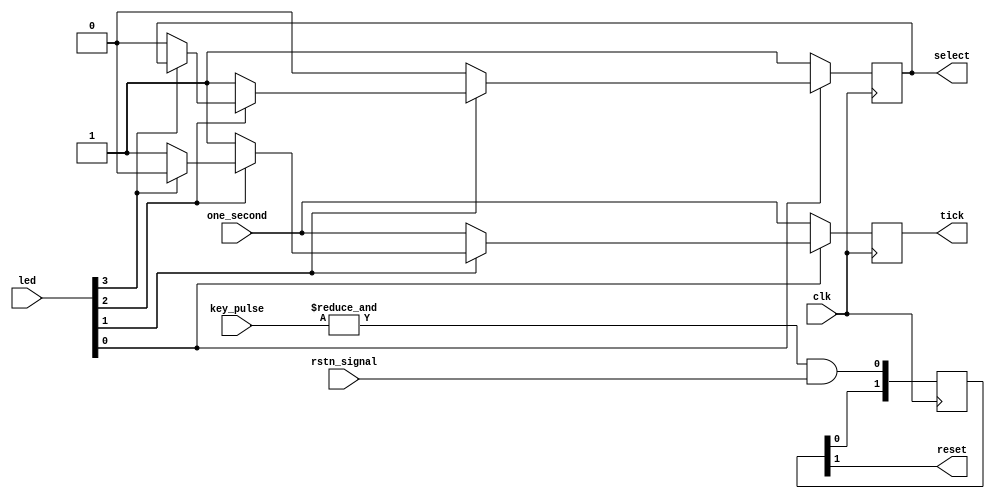
module mode_control
(
    input           clk,
    input           rstn_signal,
    input           one_second,
    input [3:0]     led,
    input [3:0]     key_pulse,
    output          reset,
    output          select,
    output          tick
);

    reg                 tick_r;
    reg                 select_reg;
    reg  [1:0]          reset_r;

    always @(posedge clk) begin
        if(~led[0]) begin
            tick_r <= one_second;
            select_reg<=1;
        end
        else if(~led[1])begin
            tick_r <= one_second;
            select_reg<=0;
        end
        else if(~led[2])begin
            tick_r <= 1;
            select_reg<=1;
        end
        else if(~led[3])begin
            tick_r <= 1;
            select_reg<=0;
        end
        else begin
            tick_r<=0;
        end
    end

    always @(posedge clk) begin
        reset_r<={reset_r[0],(&key_pulse)&rstn_signal};
    end

    assign tick = tick_r;
    assign select=select_reg;
    assign reset=reset_r[1];

endmodule